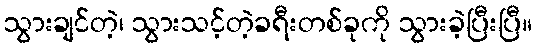
သွားချင်တဲ့၊ သွားသင့်တဲ့ခရီးတစ်ခုကို သွားခဲ့ပြီးပြီ။